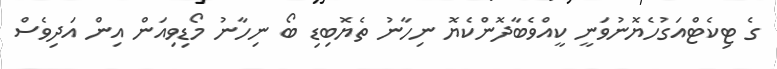
ގެ ޓިކެޓްއަގުހެޔޮނުވަނީ ކީއްވެބާދޮންކެޔޮ ނިހާނު ތެޔޮބިޑި ބޯ ނިހާނު މޯޑިވިއަން އިން އަދިވެސް